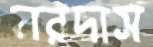
নরদাস